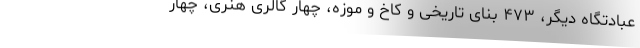
عبادتگاه دیگر، ۴۷۳ بنای تاریخی و کاخ و موزه، چهار گالری هنری، چهار